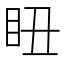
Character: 𥄨